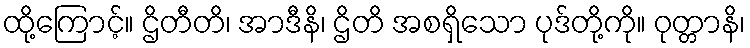
ထို့ကြောင့်။ ဌိတီတိ၊ အာဒီနိ၊ ဌိတိ အစရှိသော ပုဒ်တို့ကို။ ဝုတ္တာနိ၊